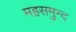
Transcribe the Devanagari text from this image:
महसमुन्द